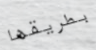
بطريقها